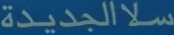
الجديدة سلا